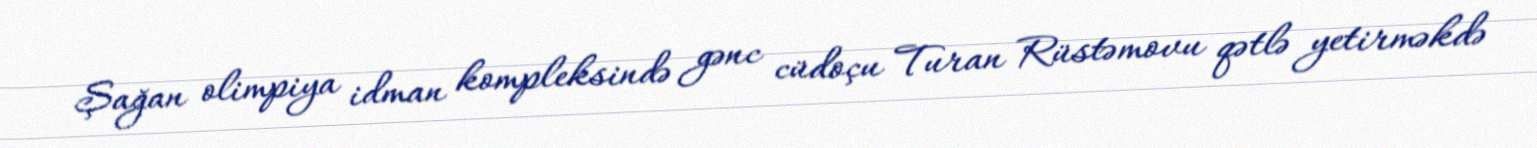
Şağan olimpiya idman kompleksində gənc cüdoçu Turan Rüstəmovu qətlə yetirməkdə